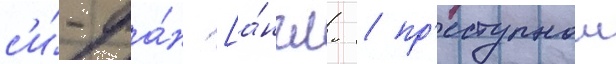
с'и́-фа́н [а́нгл. / пр'еступнои